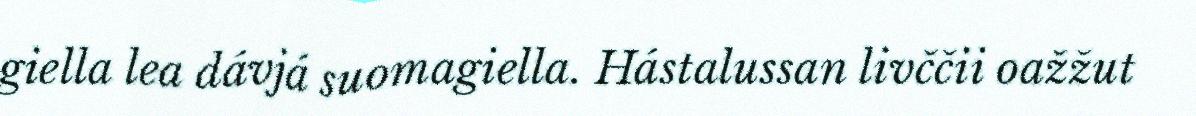
giella lea dávjá suomagiella. Hástalussan livččii oažžut